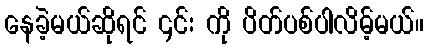
နေခဲ့မယ်ဆိုရင် ၄င်း ကို ပိတ်ပစ်ပါလိမ့်မယ်။